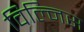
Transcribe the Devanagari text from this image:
विल्निस